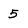
Character: 5